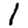
Digit: 1